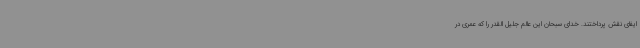
ایفای نقش پرداختند. خدای سبحان این عالم جلیل القدر را که عمری در